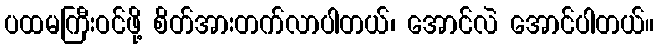
ပထမကြီးဝင်ဖို့ စိတ်အားတက်လာပါတယ်၊ အောင်လဲ အောင်ပါတယ်။